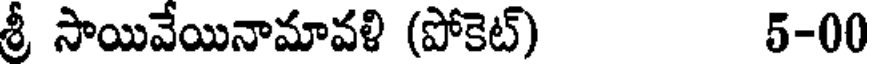
శ్రీ సాయివేయినామావళి (పోకెట్) 5-00